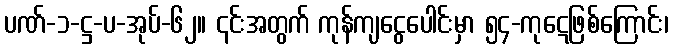
ပဏ်-၁-ဋ္ဌ-ပ-အုပ်-၆၂။ ၎င်းအတွက် ကုန်ကျငွေပေါင်းမှာ ၅၄-ကုဋေဖြစ်ကြောင်း၊